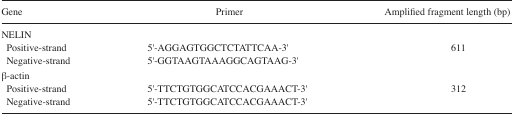
<table><thead><tr><td><b>Gene</b></td><td><b>Primer</b></td><td><b>Amplified fragment length (bp)</b></td></tr></thead><tbody><tr><td colspan="3">NELIN</td></tr><tr><td> Positive-strand</td><td>5′-AGGAGTGGCTCTATTCAA-3′</td><td>611</td></tr><tr><td> Negative-strand</td><td>5′-GGTAAGTAAAGGCAGTAAG-3′</td><td></td></tr><tr><td colspan="3">β-actin</td></tr><tr><td> Positive-strand</td><td>5′-TTCTGTGGCATCCACGAAACT-3′</td><td>312</td></tr><tr><td> Negative-strand</td><td>5′-TTCTGTGGCATCCACGAAACT-3′</td><td></td></tr></tbody></table>